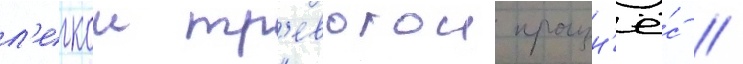
л'егкои тр'евогои произн'ё́с //